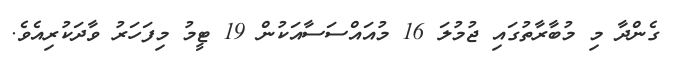
ގެންދާ މި މުބާރާތުގައި ޖުމުލަ 16 މުއައްސަސާއަކުން 19 ޓީމު މިފަހަރު ވާދަކުރިއެވެ.